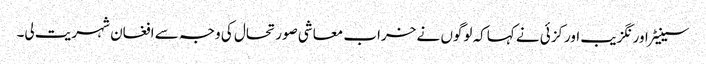
سینیٹر اور نگزیب اورکزئی نے کہاکہ لوگوں نے خراب معاشی صورتحال کی وجہ سے افغان شہریت لی۔